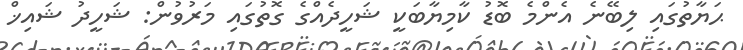
ޙަޔާތުގައި ލިބޭނެ އެންމެ ބޮޑު ކާމިޔާބަކީ ޝަހީދެއްގެ ގޮތުގައި މަރުވުން: ޝަހީދު ޝައިޚް